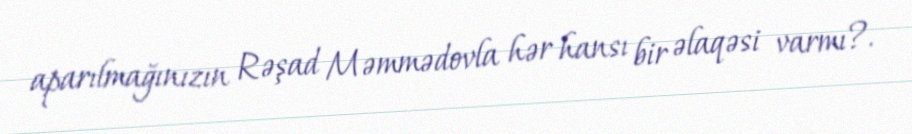
aparılmağınızın Rəşad Məmmədovla hər hansı bir əlaqəsi varmı?.